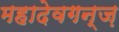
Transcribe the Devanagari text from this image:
महादेवगन्ज़